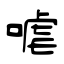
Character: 㖸